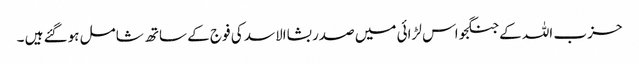
حزب اللہ کے جنگجو اس لڑائی میں صدر بشاالاسد کی فوج کے ساتھ شامل ہوگئے ہیں ۔